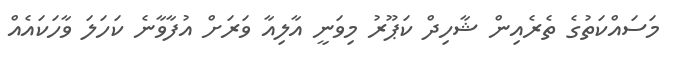
މަސައްކަތުގެ ތެރެއިން ޝާހިދް ކަޕޫރު މިވަނީ އާލިއާ ވަރަށް އުފާވާނެ ކަހަލަ ވާހަކައެއް